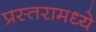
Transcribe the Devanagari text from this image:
प्रस्तरामध्ये